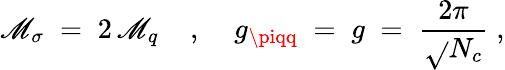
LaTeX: \mathscr{M}_{\sigma}\; =\; 2\, \mathscr{M}_{q}\; \; \; \; ,\; \; \; \; g_{\piqq}\; =\; g\; =\; \frac{{2\pi}}{{\sqrt{}{{N_{c}}}}}\; ,